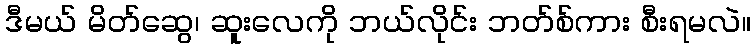
ဒီမယ် မိတ်ဆွေ၊ ဆူးလေကို ဘယ်လိုင်း ဘတ်စ်ကား စီးရမလဲ။